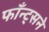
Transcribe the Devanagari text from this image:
फाँन्ट्‌सने